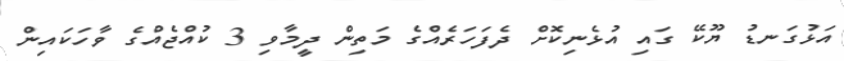
އަޅުގަނޑު ޔޫކޭ ގައި އުޅެނިކޮށް ދެފަހަރެއްގެ މަތިން ދީމާވި 3 ކުއްޖެއްގެ ވާހަކައިން